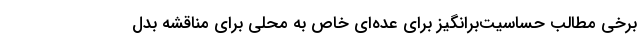
برخی مطالب حساسیت‌برانگیز برای عده‌ای خاص به محلی برای مناقشه بدل